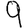
Digit: 9